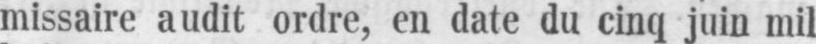
missaire audit ordre, en date du cinq juin mil